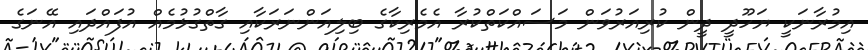
އިމުރާނަކީ ޔަހޫދީ ދީން ކުރިއަރުވަން މަސައްކަތްކުރާ އެމެރިކާގެ ބިލިއަންނަރަކާއި ގާތްގުޅުމެއް އުފައްދައި އޭނަގެ